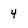
Character: 4